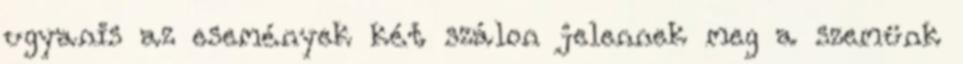
ugyanis az események két szálon jelennek meg a szemünk